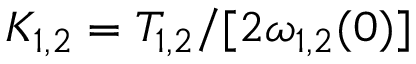
K _ { 1 , 2 } = T _ { 1 , 2 } / [ 2 \omega _ { 1 , 2 } ( 0 ) ]